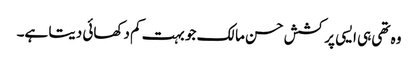
وہ تھی ہی ایسی پرکشش حسن مالک جو بہت کم دکھائی دیتا ہے۔